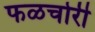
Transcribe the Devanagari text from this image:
फळचोरी